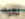
نالوا